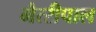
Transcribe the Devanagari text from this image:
मैत्‍रीपाल